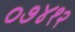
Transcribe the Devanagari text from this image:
०७४१२